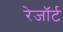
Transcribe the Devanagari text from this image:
रेजॉर्ट